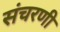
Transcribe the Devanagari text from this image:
संचरणी